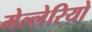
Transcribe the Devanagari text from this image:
मेल्लेरियो